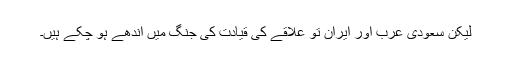
لیکن سعودی عرب اور ایران تو علاقے کی قیادت کی جنگ میں اندھے ہو چکے ہیں۔